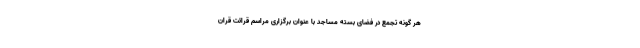
هر گونه تجمع در فضای بسته مساجد با عنوان برگزاری مراسم قرائت قران